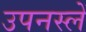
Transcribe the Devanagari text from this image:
उपनस्लें